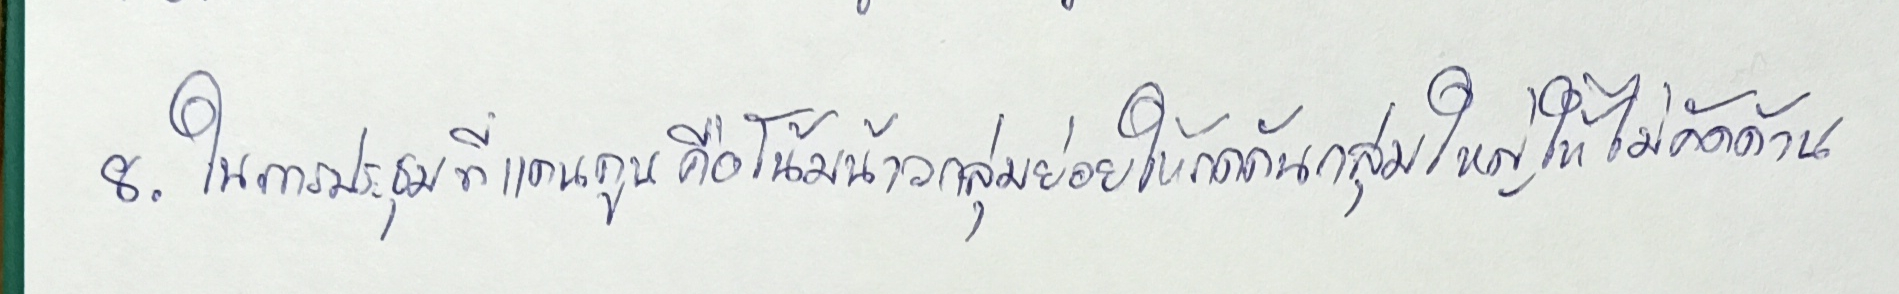
8.ในการประชุมที่แคนคูนคือโน้มน้าวกลุ่มย่อยให้กดดันกลุ่มใหญ่ให้ไม่คัดค้าน